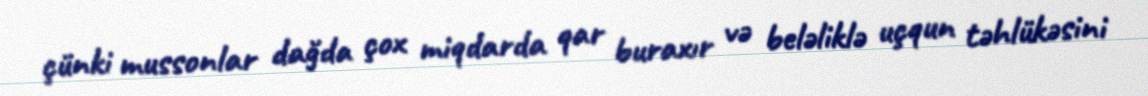
çünki mussonlar dağda çox miqdarda qar buraxır və beləliklə uçqun təhlükəsini